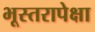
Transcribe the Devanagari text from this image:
भूस्तरापेक्षा